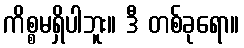
ကိစ္စမရှိပါဘူး။ ဒီ တစ်ခုရော။